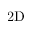
\mathrm { 2 D }